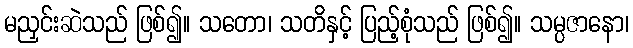
မညှင်းဆဲသည် ဖြစ်၍။ သတော၊ သတိနှင့် ပြည့်စုံသည် ဖြစ်၍။ သမ္ပဇာနော၊